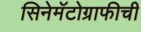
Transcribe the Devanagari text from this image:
सिनेमॅटोग्राफीची